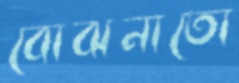
বোঝনাতো